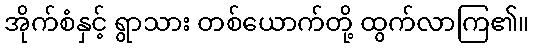
အိုက်စံနှင့် ရွာသား တစ်ယောက်တို့ ထွက်လာကြ၏။